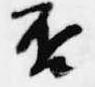
否